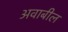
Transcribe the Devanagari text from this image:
अवाबील